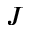
{ \cal J }